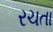
રચતા